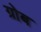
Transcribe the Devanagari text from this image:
ग्रोब